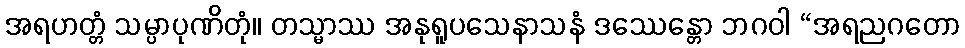
အရဟတ္တံ သမ္ပာပုဏိတုံ။ တသ္မာဿ အနုရူပသေနာသနံ ဒဿေန္တော ဘဂဝါ “အရညဂတော